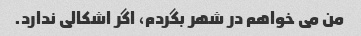
من می خواهم در شهر بگردم، اگر اشکالی ندارد.